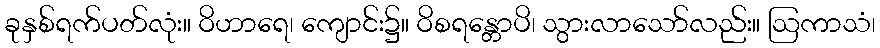
ခုနှစ်ရက်ပတ်လုံး။ ဝိဟာရေ၊ ကျောင်း၌။ ဝိစရန္တောပိ၊ သွားလာသော်လည်း။ ဩကာသံ၊